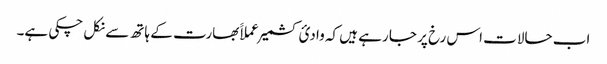
اب حالات اس رخ پر جا رہے ہیں کہ وادیٔ کشمیر عملاََ بھارت کے ہاتھ سے نکل چکی ہے۔